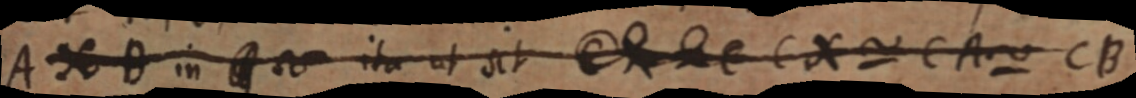
AXB in _ ita ut sit _ CX ~ CA ~ CB